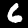
Label: 6